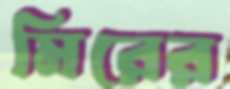
মিরের